Tartu_Linna_ja_Maakonna_Kaitseliit, lk 25
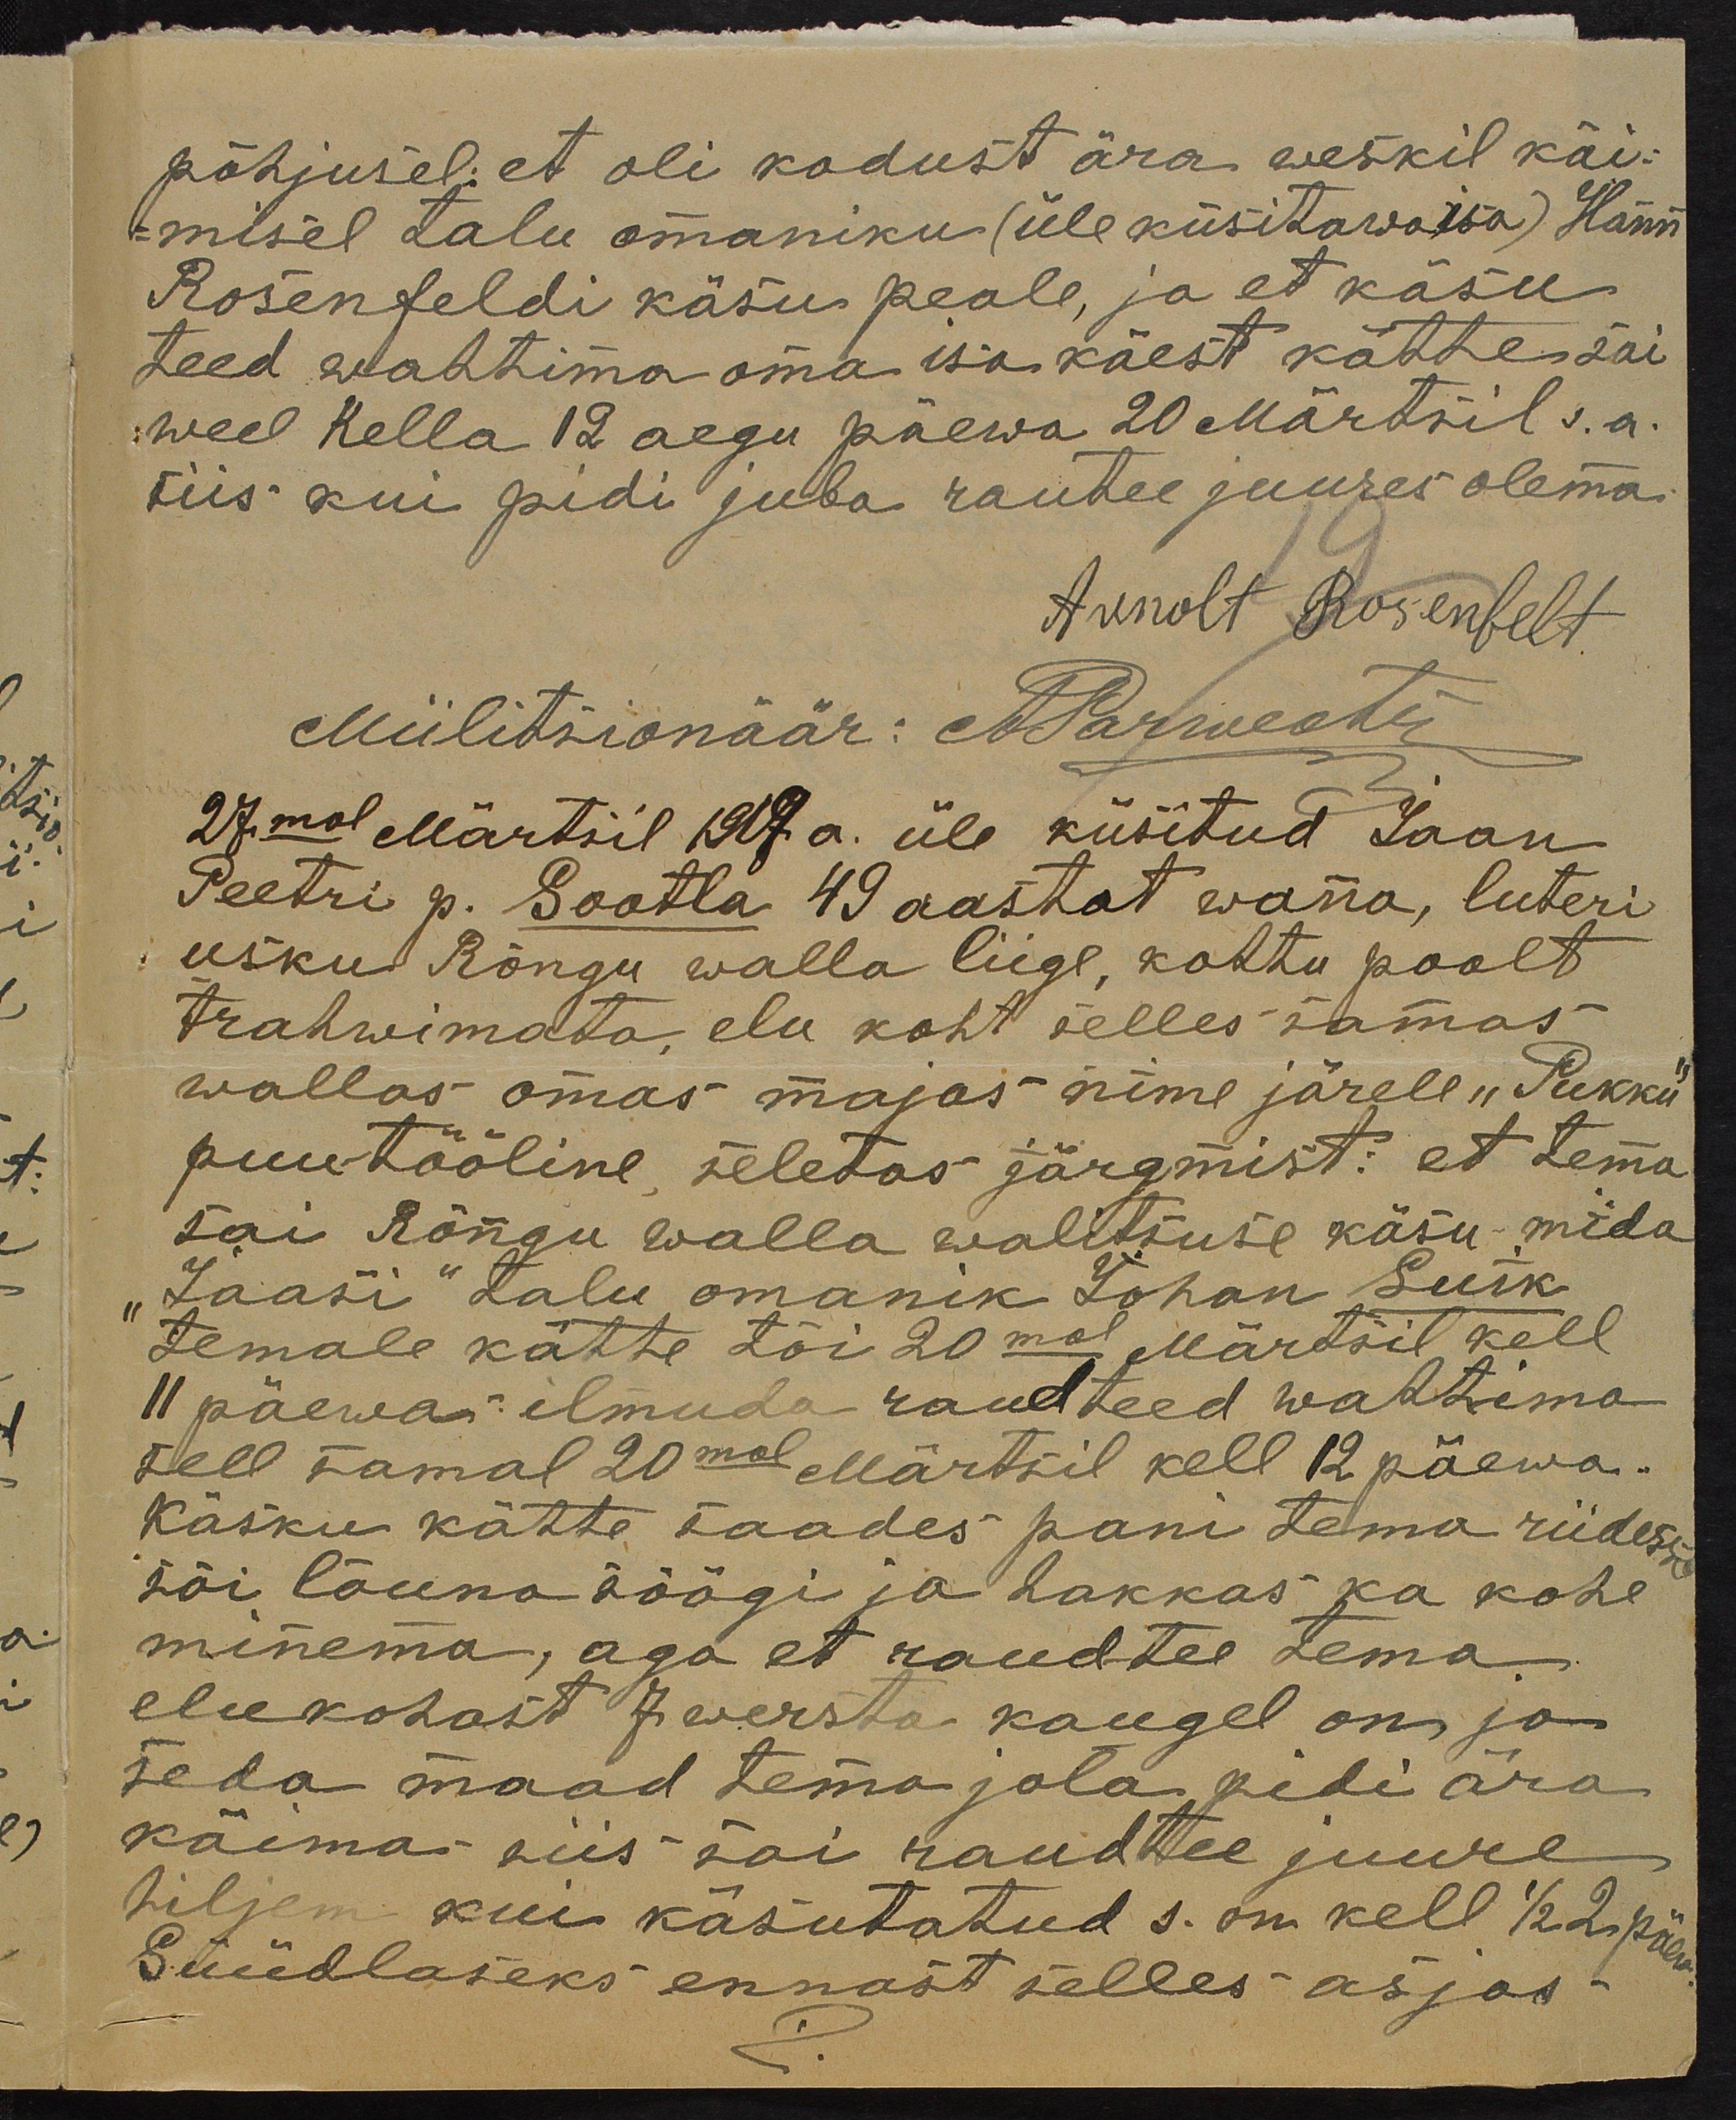
põhjusel, et oli kodust ära weskil käi-
misel talu omaniku (üle küsitawa isa) Hänni
Rosenfeldi käsus peale, ja et käsu
teed wahtima oma isa käest kätte sai
weel kella 12 aegu päewa 20 Märtsil s.a.
siis kui pidi juba raubee juures olema.
Arnolt Rosenfelt
Miilitsionäär: A. Parwestu
27mal Märtsil 1919 a. üle küsitud Jaan
Peetri p. Sootla 49 aastat wana, luteri
usku Rõngu walla liige, kohtu poolt
trahwimata elu koht selles samas
wallas omas majas nime järele "Pukku"
puutööline, seletas järgmist: et tema
sai Rõngu walla walitsuse käsu mida
"Jaasi" talu omanik Johan Suik
temale kätte tõi 20mal Märtsil kell
11 päewa ilmuda raudteed wahtima
sell samal 20mal Märtsil kell 12 päewa.
Käsku kätte saades pani tema riidesse
sõi lõuna söögi ja hakkas ka kohe
minema, aga et raudtee tema
elukohast 7 wersta kaugel on ja
seda maad tema jala pidi ära
käima siis sai raudtee juure
hiljem kui käsutatud s. on kell 1/2 2 päew
Süüdlaseks ennast selles asjas